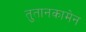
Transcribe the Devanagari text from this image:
तुतानकामेन